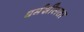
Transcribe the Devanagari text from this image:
धर्मशीलता